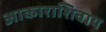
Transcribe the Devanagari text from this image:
आकाराशिवाय